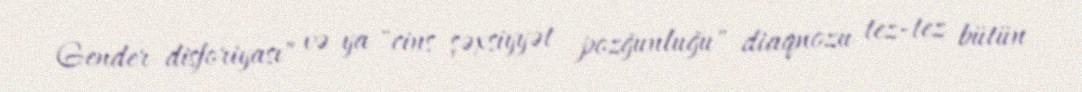
Gender disforiyası" və ya "cins şəxsiyyət pozğunluğu" diaqnozu tez-tez bütün